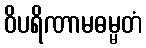
ဝိပရိဏာမဓမ္မတံ